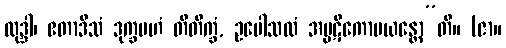
လုဒ္ဒါ၊ ဧတာဒိသံ ဒုက္ခမဟံ တိတိက္ခံ, ဥပေါသထံ အပ္ပဋိကောပယန္တော”တိ။ (ဇာ။